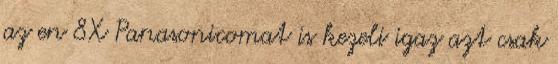
az en 8X Panasonicomat is kezeli igaz azt csak